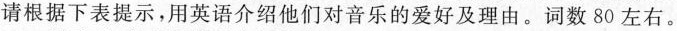
请根据下表提示，用英语介绍他们对音乐的爱好及理由。词数80左右。